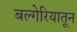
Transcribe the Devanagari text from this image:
बल्गेरियातून